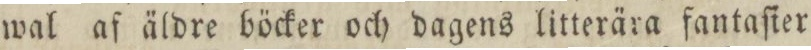
wal af äldre böcker och dagens litterära fantaſier